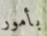
بأمور